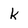
Character: k